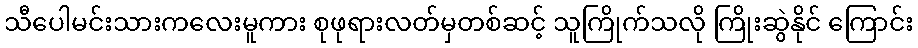
သီပေါမင်းသားကလေးမူကား စုဖုရားလတ်မှတစ်ဆင့် သူကြိုက်သလို ကြိုးဆွဲနိုင် ကြောင်း